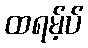
ထရမ့်ပ်